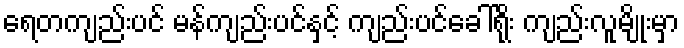
ရေတကျည်းပင် မန်ကျည်းပင်နှင့် ကျည်းပင်ခေါ်ရိုး ကျည်းလူမျိုးမှာ